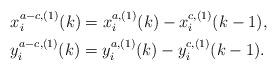
LaTeX: \begin{align*}&x_i^{a-c,(1)}(k)=x_i^{a,(1)}(k)-x_i^{c,(1)}(k-1),\\&y_i^{a-c,(1)}(k)=y_i^{a,(1)}(k)-y_i^{c,(1)}(k-1).\end{align*}